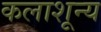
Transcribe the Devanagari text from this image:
कलाशून्य